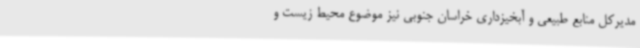
مدیرکل منابع طبیعی و آبخیزداری خراسان جنوبی نیز موضوع محیط زیست و